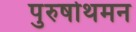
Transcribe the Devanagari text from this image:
पुरुषोथमन